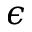
\epsilon